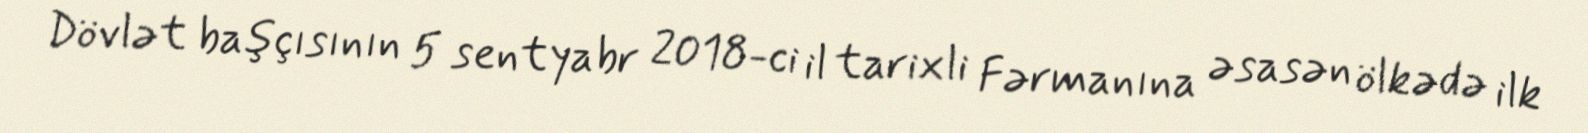
Dövlət başçısının 5 sentyabr 2018-ci il tarixli Fərmanına əsasən ölkədə ilk